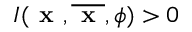
I ( \textbf { x } , \overline { { \textbf { x } } } , \phi ) > 0